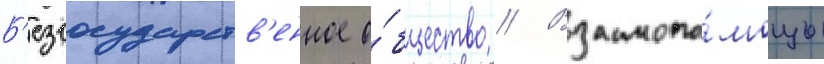
Б'езгосударств'енное о́бщество // Взаимопо́мощь